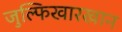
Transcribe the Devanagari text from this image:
जुल्फिखारखान